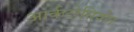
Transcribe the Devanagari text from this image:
आर्कटोसियोन